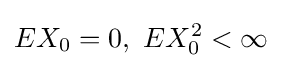
EX_{0}=0,\ EX_{0}^{2}<\infty